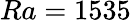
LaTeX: {Ra=1535}